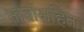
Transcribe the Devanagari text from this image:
नावांसहित